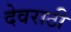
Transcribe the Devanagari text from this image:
देवराठी